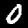
Digit: 0